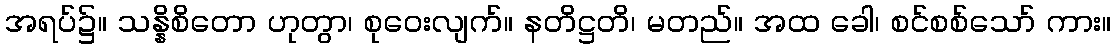
အရပ်၌။ သန္နိစိတော ဟုတွာ၊ စုဝေးလျက်။ နတိဋ္ဌတိ၊ မတည်။ အထ ခေါ၊ စင်စစ်သော် ကား။